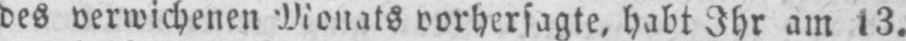
des verwichenen Monats vorhersagte, habt Ihr am 13.